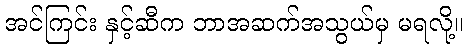
အင်ကြင်း နှင့်ဆီက ဘာအဆက်အသွယ်မှ မရလို့။